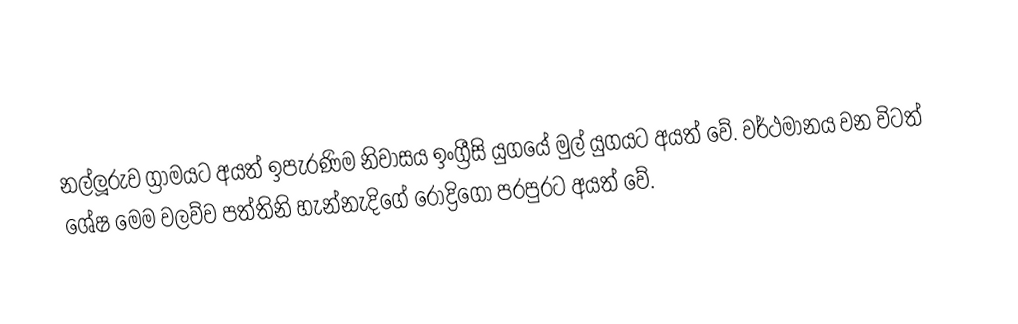
නල්ලූරුව ග්‍රාමයට අයත් ඉපැරණිම නිවාසය ඉංග්‍රීසි යුගයේ මුල් යුගයට අයත් වේ. වර්ථමානය වන විටත් ශේෂ මෙම වලව්ව පත්තිනි හැන්නැදිගේ රොද්‍රිගෝ පරපුරට අයත් වේ.